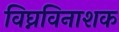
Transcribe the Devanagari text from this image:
विघ्नविनाशक